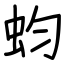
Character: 蚐